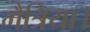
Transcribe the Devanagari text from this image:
मैत्रिया।